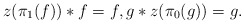
\begin{align*}z(\pi_1(f)) \ast f = f, g \ast z(\pi_0(g)) =g .\end{align*}